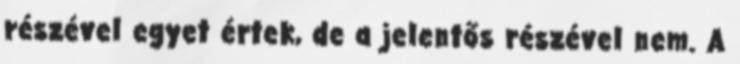
részével egyet értek, de a jelentős részével nem. A